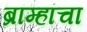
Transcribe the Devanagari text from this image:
ब्राम्हांचा